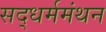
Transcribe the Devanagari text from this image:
सद्‌धर्ममंथन